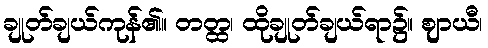
ချုတ်ချယ်ကုန်၏။ တတ္ထ၊ ထိုချုတ်ချယ်ရာ၌။ ဈာယီ၊